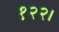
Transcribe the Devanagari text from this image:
१२२।